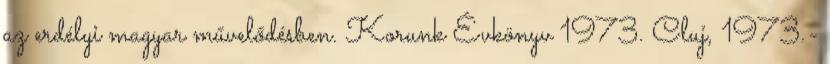
az erdélyi magyar művelődésben. Korunk Évkönyv 1973. Cluj, 1973.-